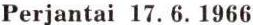
Perjantai 17.6.1966